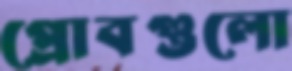
প্রোবগুলো